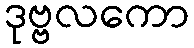
ဒုဗ္ဗလကော